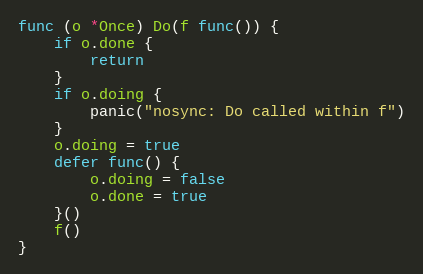
Language: Go
func (o *Once) Do(f func()) {
	if o.done {
		return
	}
	if o.doing {
		panic("nosync: Do called within f")
	}
	o.doing = true
	defer func() {
		o.doing = false
		o.done = true
	}()
	f()
}